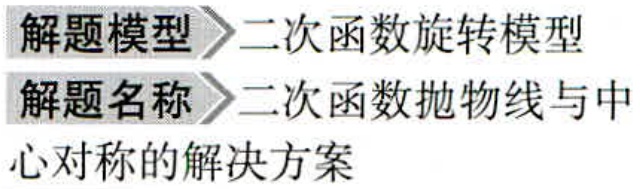
解题模型$\to$二次函数旋转模型
解题名称$\to$二次函数抛物线与中
心对称的解决方案